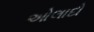
ઓલાદો